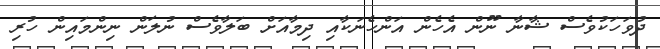
ދުވަހަކުވެސް ޝާނާ ނޫން އެހެން އަންހެނަކާއި ދިމާއަށް ބަލާވެސް ނުލަން ނިންމައިން ހުރި